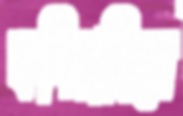
কশিয়াছিলে